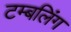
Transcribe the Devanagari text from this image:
टम्बलिंग